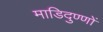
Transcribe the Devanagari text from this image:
माडिदुण्णों